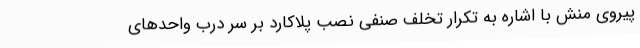
پیروی منش با اشاره به تکرار تخلف صنفی نصب پلاکارد بر سر درب واحدهای